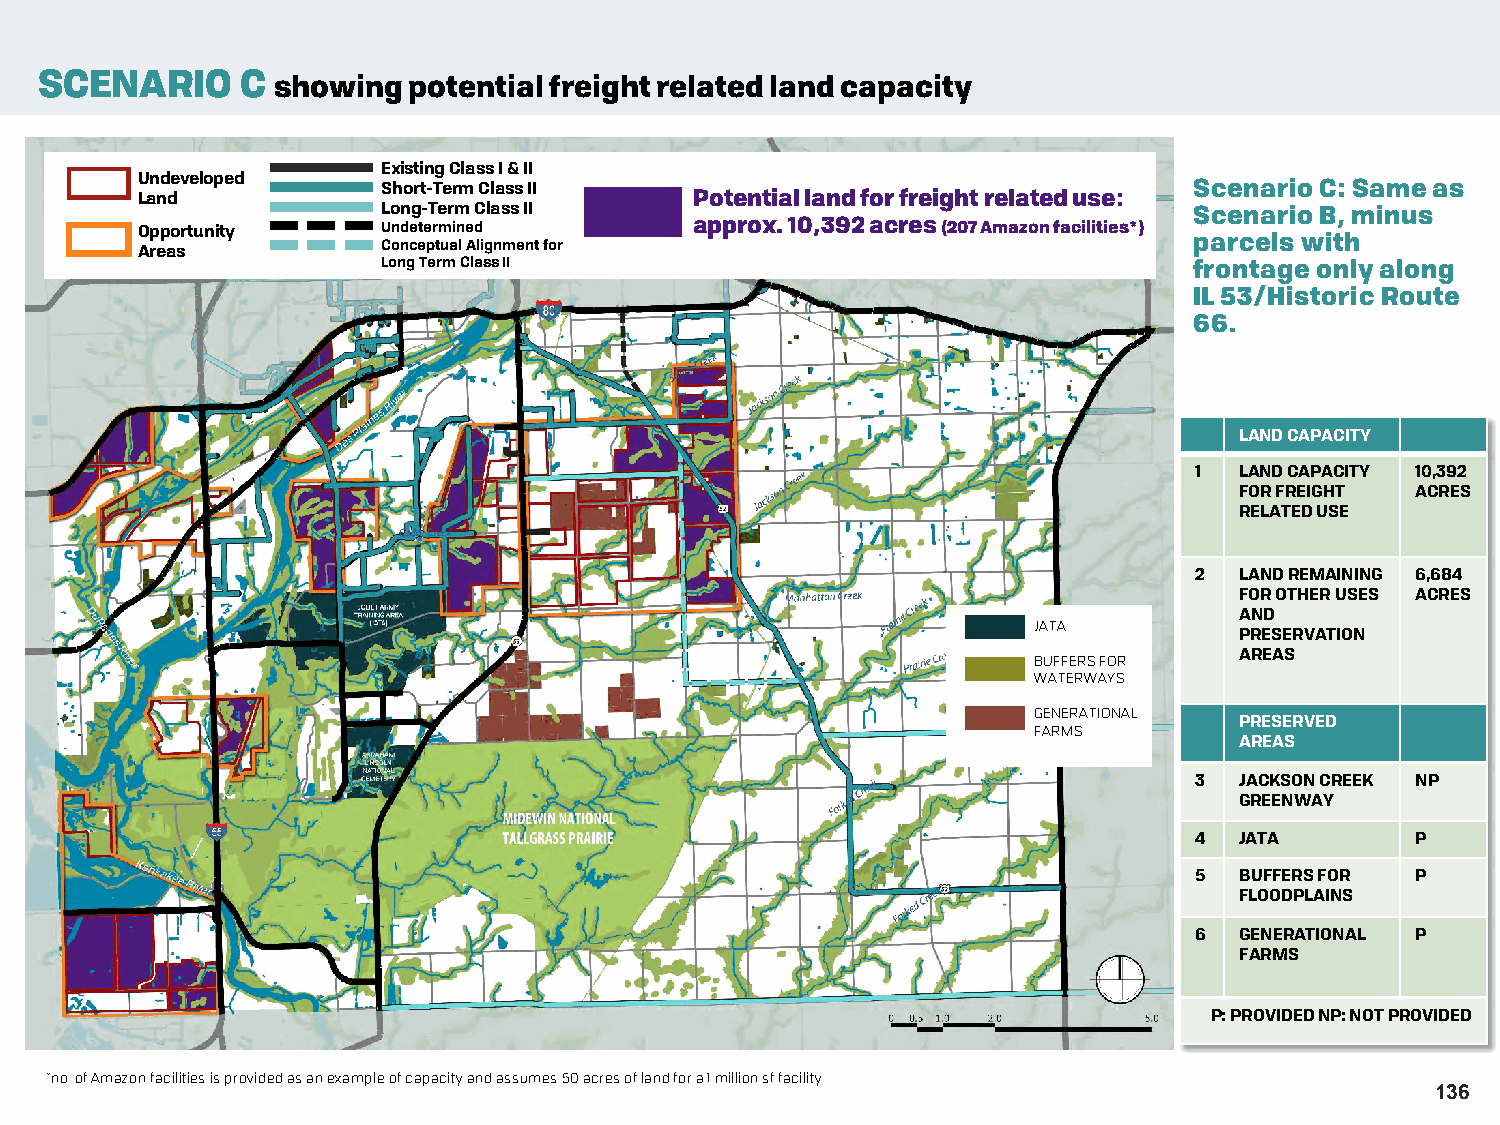
SCENARIO     C showing  potential freight related land capacity
 Existing Class I & II
 Undeveloped
 Short-Term Class II                                   Scenario C: Same as
 Land                                 Potential land for freight related use:
 Long-Term Class II                                    Scenario B, minus
 Opportunity     Undetermined         approx. 10,392 acres (207 Amazon facilities*)
 Areas           Conceptual Alignment for                              parcels with
 Long Term Class II                                    frontage only along
 IL 53/Historic Route
 66.
 LAND CAPACITY
 1  LAND CAPACITY 10,392
 FOR FREIGHT ACRES
 RELATED USE
 2  LAND REMAINING 6,684
 FOR OTHER USES ACRES
 AND
 JATA
 PRESERVATION
 AREAS
 BUFFERS FOR
 WATERWAYS
 GENERATIONAL
 PRESERVED
 FARMS
 AREAS
 3  JACKSON CREEK NP
 GREENWAY
 4  JATA        P
 5  BUFFERS FOR P
 FLOODPLAINS
 6  GENERATIONAL P
 FARMS
 P: PROVIDED NP: NOT PROVIDED
 *no. of Amazon facilities is provided as an example of capacity and assumes 50 acres of land for a 1 million sf facility.
 136